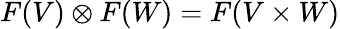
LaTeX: F(V)\otimes F(W)=F(V\times W)